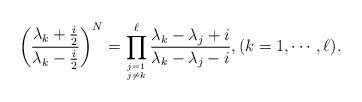
LaTeX: \begin{align*}\left(\frac{\lambda_k+\frac{i}{2}}{\lambda_k-\frac{i}{2}}\right)^N=\prod_{j=1 \atop j\neq k}^\ell\frac{\lambda_k-\lambda_j+i}{\lambda_k-\lambda_j-i},(k=1,\cdots,\ell).\end{align*}